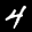
Label: 4